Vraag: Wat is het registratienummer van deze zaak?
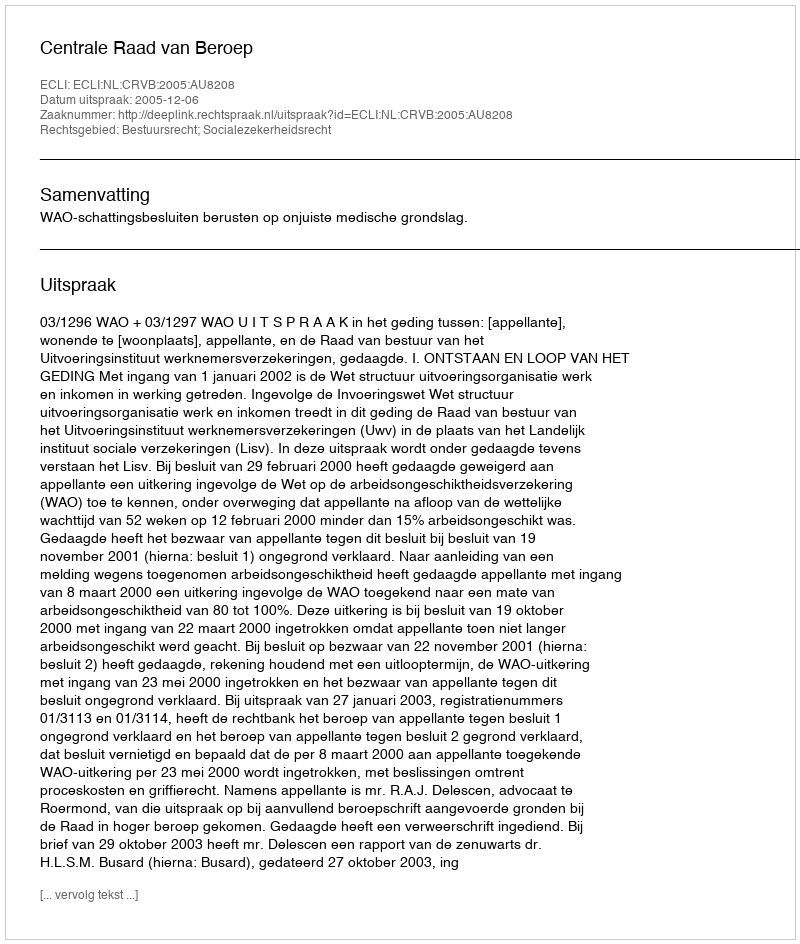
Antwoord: http://deeplink.rechtspraak.nl/uitspraak?id=ECLI:NL:CRVB:2005:AU8208